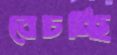
বেচচ্ছি